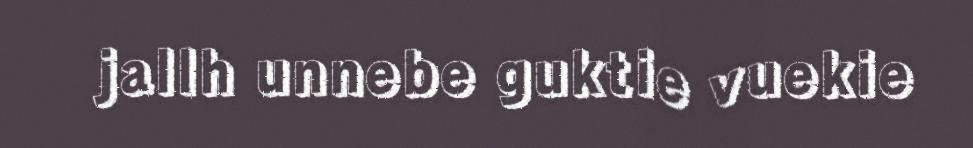
jallh unnebe guktie vuekie